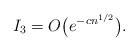
LaTeX: \begin{align*}I_3 = O\big(e^{-cn^{1/2}}\big). \end{align*}